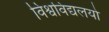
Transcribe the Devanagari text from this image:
विश्वविद्यलयो